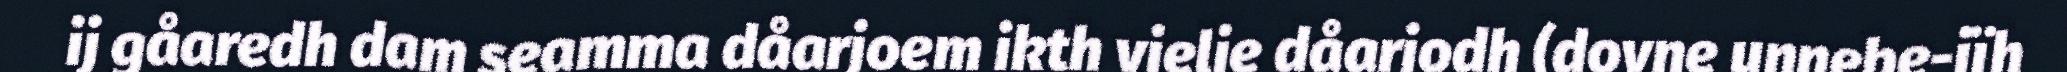
ij gåaredh dam seamma dåarjoem ikth vielie dåarjodh (dovne unnebe-jïh